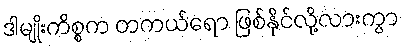
ဒါမျိုးကိစ္စက တကယ်ရော ဖြစ်နိုင်လို့လားကွာ